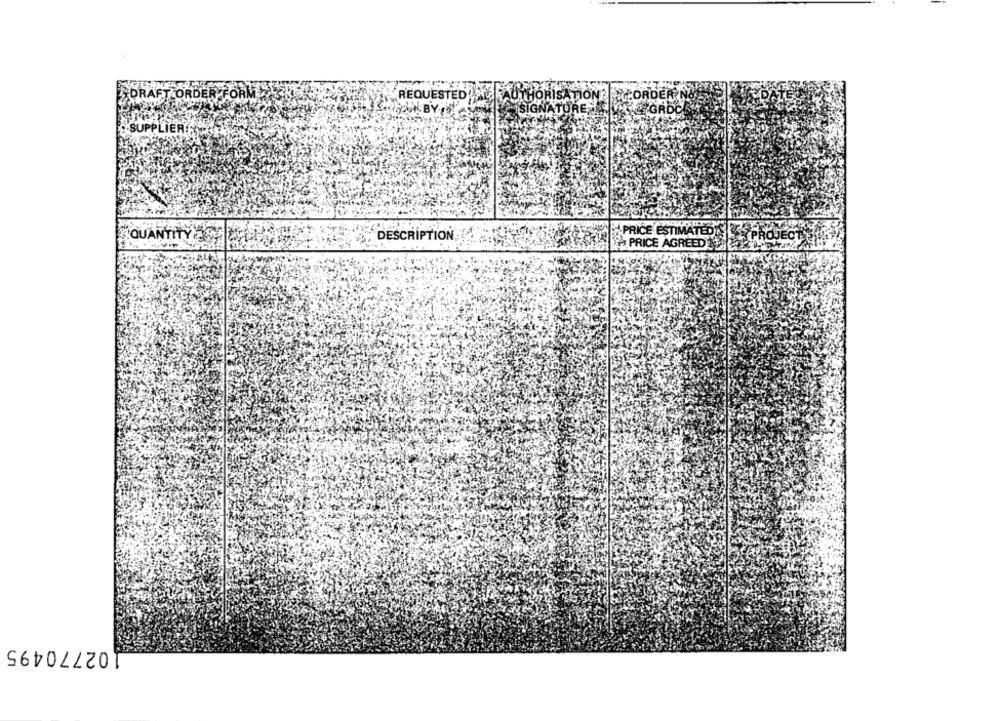
DRAFT ORDER FORM
REQUESTED
UTHORISATION
SIGNATURE
SUPPLIER
!QUANTITYZAVR
DESCRIPTION
-PRICE ESTIMATED
s PRICE AGREED
02770495